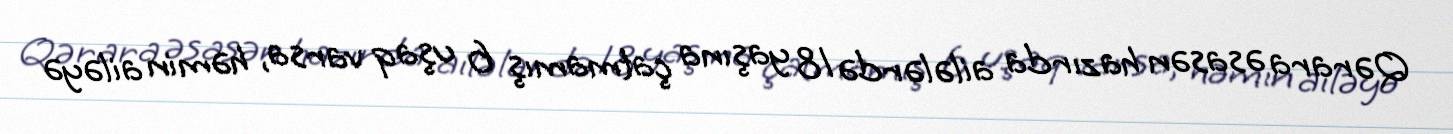
Qərara əsasən hazırda ailələrdə 18 yaşına çatmamış 6 uşaq varsa, həmin ailəyə